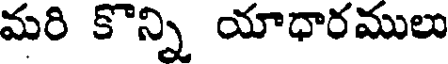
మరి కొన్ని యాధారములు